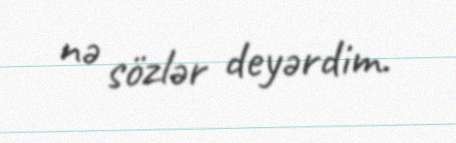
nə sözlər deyərdim.